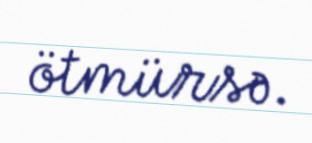
ötmürsə.